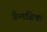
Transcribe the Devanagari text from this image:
कैमब्रिक